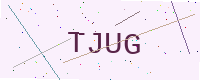
Text: TJUG